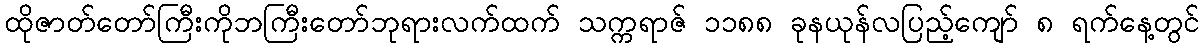
ထိုဇာတ်တော်ကြီးကိုဘကြီးတော်ဘုရားလက်ထက် သက္ကရာဇ် ၁၁၈၈ ခုနယုန်လပြည့်ကျော် ၈ ရက်နေ့တွင်